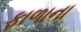
ફાળાના